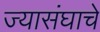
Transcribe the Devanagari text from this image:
ज्यासंघाचे